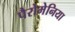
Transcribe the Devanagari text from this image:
पैरोमेनिया